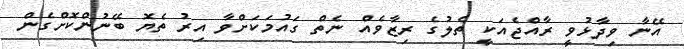
އޭނާ ވިދާޅުވީ ރާއްޖެއަކީ ތެލުގެ ރިޒާވެއް ނެތް ގައުމަކަށްވާ އިރު ތެޔޮ ބޭނުންކޮށްގެން